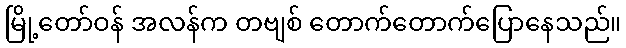
မြို့တော်ဝန် အလန်က တဗျစ် တောက်တောက်ပြောနေသည်။